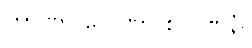
တာဏာ လေဏာ စ ပဏိနံ။